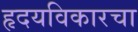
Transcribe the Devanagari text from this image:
हृदयविकारचा